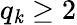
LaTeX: q_{\mathit{k}}\geq2